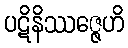
ပဋိနိဿဇ္ဇေဟိ